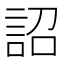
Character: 詔